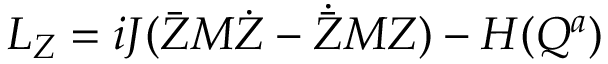
L _ { Z } = i J ( \bar { Z } M \dot { Z } - \dot { \bar { Z } } M Z ) - H ( Q ^ { a } )